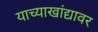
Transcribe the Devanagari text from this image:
याच्याखांद्यावर